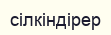
сілкіндірер